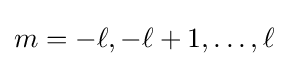
m=-\ell ,-\ell +1,\dots ,\ell